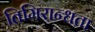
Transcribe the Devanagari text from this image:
तिमिरान्धता